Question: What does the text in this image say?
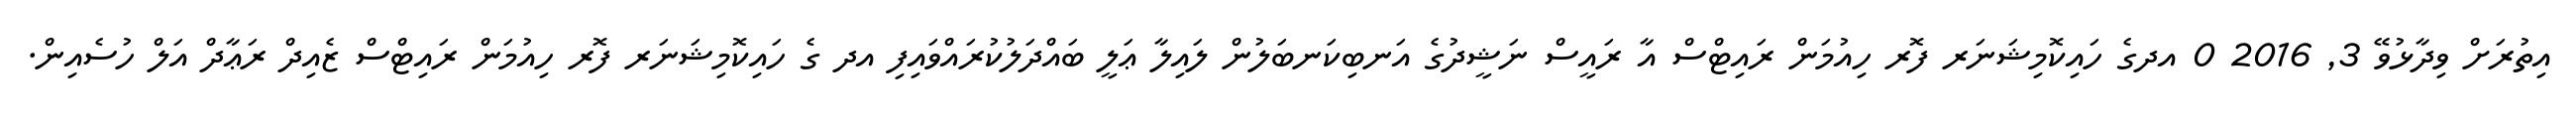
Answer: އިތުރަށް ވިދާޅުވޭ 3, 2016 0 އދގެ ހައިކޮމިޝަނަރ ފޮރ ހިއުމަން ރައިޓްސް އާ ރައީސް ނަޝީދުގެ އަނބިކަނބަލުން ލައިލާ ޢަލީ ބައްދަލުކުރައްވައިފި އދ ގެ ހައިކޮމިޝަނަރ ފޮރ ހިއުމަން ރައިޓްސް ޒެއިދް ރަޢާދް އަލް ހުސެއިން.